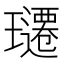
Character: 𬎚